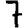
Digit: 7